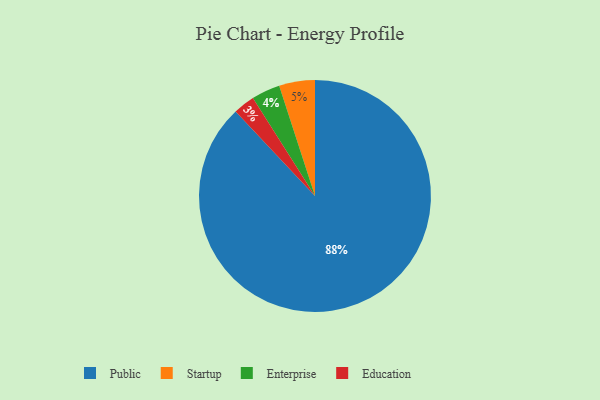
{"axis": {"x": "Category", "y": "Percentage"}, "legend": ["Education", "Enterprise", "Public", "Startup"], "data": [{"x": "Public", "y": 88, "type": "Public"}, {"x": "Enterprise", "y": 4, "type": "Enterprise"}, {"x": "Education", "y": 3, "type": "Education"}, {"x": "Startup", "y": 5, "type": "Startup"}]}